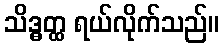
သိဒ္ဓတ္ထ ရယ်လိုက်သည်။